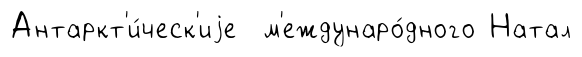
Антаркт'и́ческ'иjе м'еждунаро́дного Натал